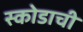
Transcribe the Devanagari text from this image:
स्कोडाची